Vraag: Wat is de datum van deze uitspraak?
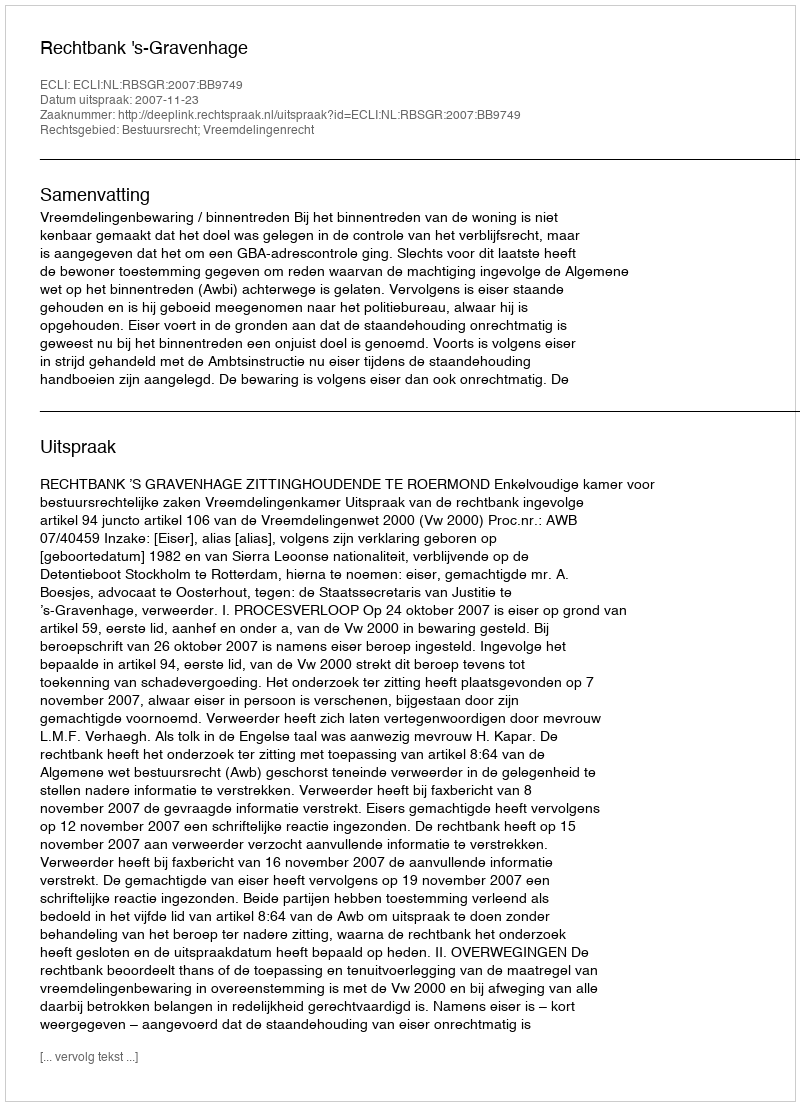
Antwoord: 2007-11-23